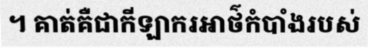
។ គាត់គឺជាកីឡាករអាថ៌កំបាំងរបស់